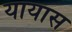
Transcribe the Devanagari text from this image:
यायास